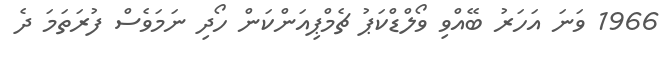
1966 ވަނަ އަހަރު ބޭއްވި ވޯލްޑްކަޕު ޗެމްޕިއަންކަން ހޯދި ނަމަވެސް ފުރަތަމަ ދެ